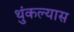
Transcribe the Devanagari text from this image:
थुंकल्यास